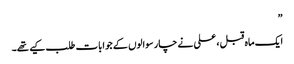
”
ایک ماہ قبل ، علی نے چار سوالوں کے جوابات طلب کیے تھے۔